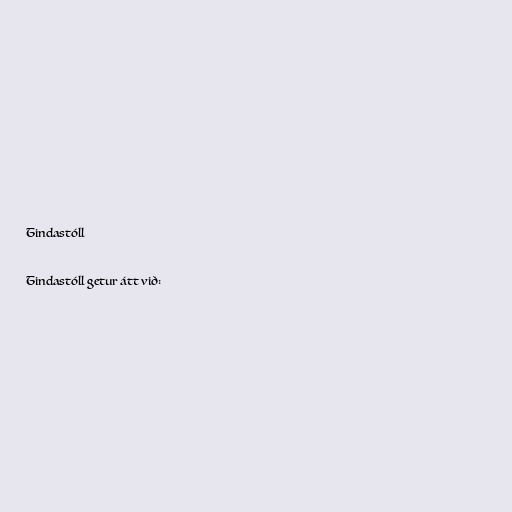
Tindastóll

Tindastóll getur átt við: